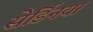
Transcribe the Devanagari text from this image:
सेर्डिनया